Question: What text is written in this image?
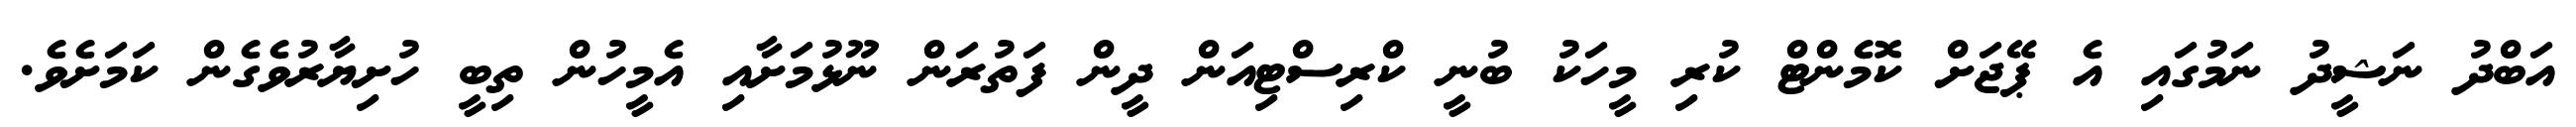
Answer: އަބްދު ނަޝީދު ނަމުގައި އެ ޕޭޖަށް ކޮމެންޓް ކުރި މީހަކު ބުނީ ކްރިސްޓިއަން ދީން ފަތުރަން ނޫޅުމަށާއި އެމީހުން ތިބީ ހުށިޔާރުވެގެން ކަމަށެވެ.